Annual report of the Punjab Veterinary College and of the Civil Veterinary Department, Punjab - 1920-1925
Year: 1920
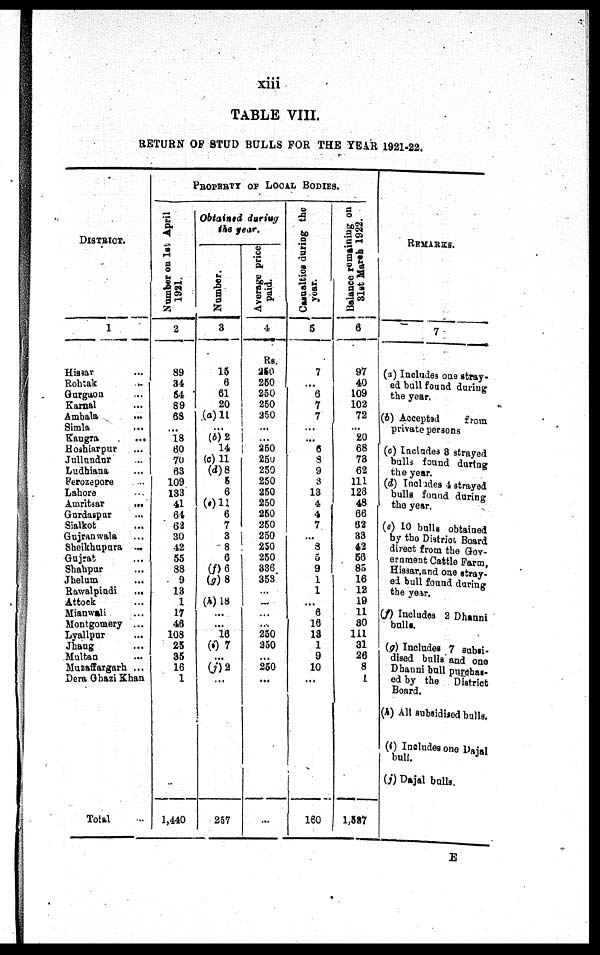
xiii
TABLE VIII.
RETURN OF STUD BULLS F O R THE YEAR 1921-22.
DI STRI CT.
1
Hissar ...
Roht ak ...
Gurgaon . . .
Karnal ...
Ambal a ...
Si ml a ...
Kangra
...
Hoshi arpur ...
Jullundar ...
Ludhi ana ...
Ferozepore . . .
Lahore ...
Amri t sar ...
Gurdaspur ...
Sialkot ...
Guj ranwal a ...
Shei khupura ...
Gujrat ...
Shahpur ...
Jhel um ...
Rawal pi ndi ...
At t ock ...
Mi anwal i ...
Mont gomery ...
Lyallpur ...
Jhang ...
Mul t an . . .
Muzaffargarh ...
Dera Ghazi Khan
Total ...
PROPERTY OF LOCAL BODIES.
Number on 1st April
1921.
2
89
34 54
89
68
... 18
60
70
63
109
133
41
64
62
30
42
55
88
9
13
1
17
46
108
25
35
16
1
1, 440
Obtained during
the year.
Number.
3
15
6
61
20
(a) 11
... (b) 2
14
(c) 11
( d) 8
5
6
(e) 11
6
7
3
8
6
(f) 6
(g) 8
...
(h) 18
...
... 16
(i) 7
...
(j) 2
...
257
Average price
paid.
4
Rs.
250
250
250
250
250
...
... 250
250
250
250 250
250
250
250
250
250
250
336
358
... ...
...
...
250
250
...
250
...
...
Casualtion
during the
year.
5
7
...
6
7
7
... ... 6
8
9
3
13
4
4
7
...
8
5
9
1
1
...
6
16
13
1
9
10
...
150
Balance romaining on
31st
March 1922.
6
97
40
109
102
72
... 20
68
78
62
111 126
48
66
62
33
42
56
85
16
12
19
11
80
111
31
26
8
1
1, 587
REMARKS.
7
(a) Includes one stray-
ed bull found during
t he year.
(b) Accept ed from
private persons
(c) Includes 8 strayed
bulls found during
t he year.
(d) Includes 4 strayed
bulls found during
t he year.
(e) 10 bulls obtained
by the District, Board
direct from the Gov-
ernment Cattle Farm,
Hissar, and one stray-
ed bull found during
t he year.
(f) Includes 2 Dhanni
bulls.
( g) Includes 7 subsi-
di sed bulls and one
Dhanni bull purchas-
ed by the District
Board.
(h) Al l subsidised bulls.
(i) Includes one Daj al
bull.
(j) Daj al bulls.
E